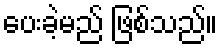
ပေးခဲ့မည် ဖြစ်သည်။